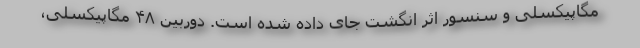
مگاپیکسلی و سنسور اثر انگشت جای داده شده است. دوربین ۴۸ مگاپیکسلی،